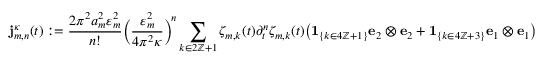
\mathbf { j } _ { m , n } ^ { \kappa } ( t ) : = \frac { 2 \pi ^ { 2 } a _ { m } ^ { 2 } \varepsilon _ { m } ^ { 2 } } { n ! } \biggl ( \frac { \varepsilon _ { m } ^ { 2 } } { 4 \pi ^ { 2 } \kappa } \biggr ) ^ { \! n } \sum _ { k \in 2 \ensuremath { \mathbb { Z } } + 1 } \zeta _ { m , k } ( t ) \partial _ { t } ^ { n } \zeta _ { m , k } ( t ) \bigl ( { \mathbf { 1 } } _ { \{ k \in 4 \ensuremath { \mathbb { Z } } + 1 \} } { \mathbf { e } } _ { 2 } \otimes { \mathbf { e } } _ { 2 } + { \mathbf { 1 } } _ { \{ k \in 4 \ensuremath { \mathbb { Z } } + 3 \} } { \mathbf { e } } _ { 1 } \otimes { \mathbf { e } } _ { 1 } \bigr )